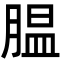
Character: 腽